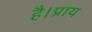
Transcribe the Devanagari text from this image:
है।प्राय